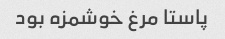
پاستا مرغ خوشمزه بود